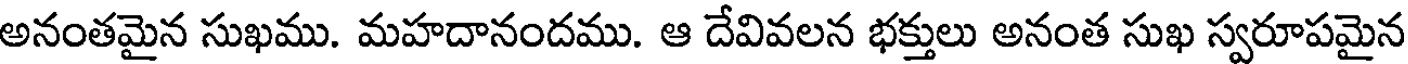
అనంతమైన సుఖము. మహదానందము. ఆ దేవివలన భక్తులు అనంత సుఖ స్వరూపమైన